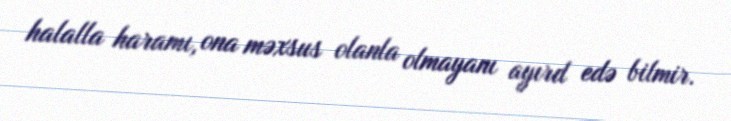
halalla haramı, ona məxsus olanla olmayanı ayırd edə bilmir.